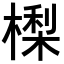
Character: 𣙔